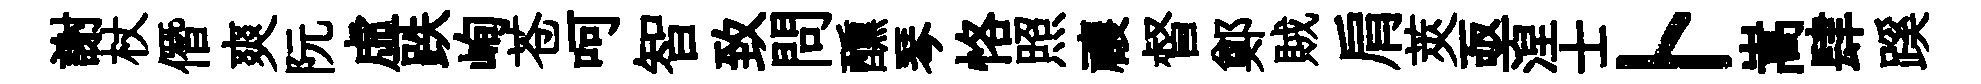
謝杖僭爽阮虛跌峋苍呵智致問醺琴恪照禳督鄭賊肩莢亟湼士卜嵩肆蹊